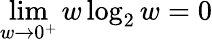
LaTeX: \operatorname*{lim}_{w\to 0^{+}}w\log_{2}w=0